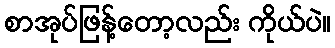
စာအုပ်ဖြန့်တော့လည်း ကိုယ်ပဲ။